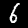
Label: 6